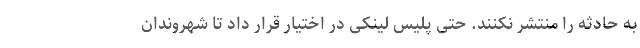
به حادثه را منتشر نکنند. حتی پلیس لینکی در اختیار قرار داد تا شهروندان